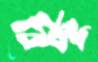
বিচ্ছু